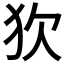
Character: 𤝆